Scottish Leaving Certificate Examination, 1958
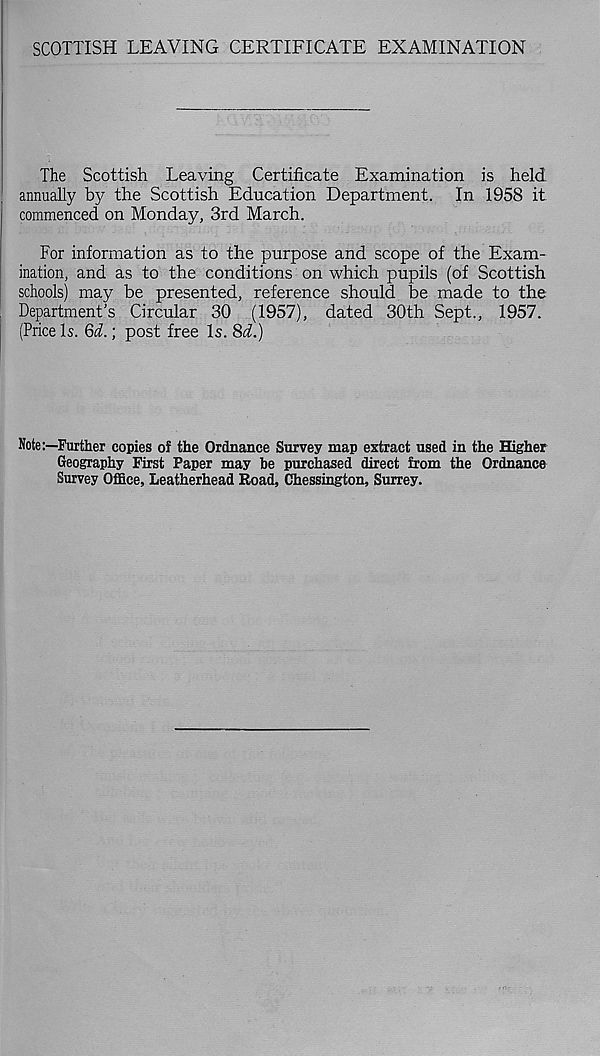
SCOTTISH LEAVING CERTIFICATE EXAMINATION
The Scottish Leaving Certificate Examination is held
annually by the Scottish Education Department. In 1958 it
commenced on Monday, 3rd March.
For information as to the purpose and scope of the Exam-
ination, and as to the conditions on which pupils (of Scottish
schools) may be presented, reference should be made to the
Department’s Circular 30 (1957), dated 30th Sept., 1957.
(Price Is. Qd.; post free Is. 8d.)
Note:—Further copies of the Ordnance Survey map extract used in the Higher
Geography First Paper may be purchased direct from the Ordnance
Survey Office, Leatherhead Road, Chessington, Surrey.